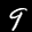
Label: 9